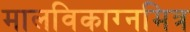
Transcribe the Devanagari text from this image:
मालविकाग्नमित्र